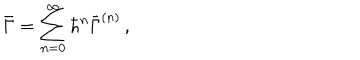
\bar { \Gamma } = \sum _ { n = 0 } ^ { \infty } { \hbar } ^ { n } \bar { \Gamma } ^ { ( n ) } \, ,